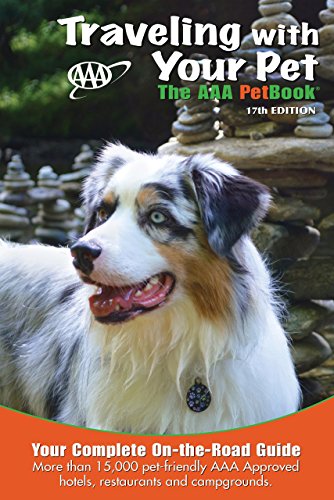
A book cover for Traveling With Your Pet: The AAA PetBook; AAA Publishing; Travel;